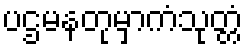
ပဌမနတုမှာကံသုတ္တံ